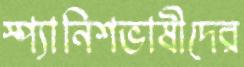
স্প্যানিশভাষীদের